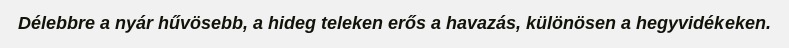
Délebbre a nyár hűvösebb, a hideg teleken erős a havazás, különösen a hegyvidékeken.